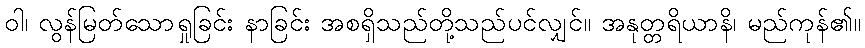
ဝါ၊ လွန်မြတ်သောရှုခြင်း နာခြင်း အစရှိသည်တို့သည်ပင်လျှင်။ အနုတ္တရိယာနိ၊ မည်ကုန်၏။